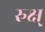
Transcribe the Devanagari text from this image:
रुक्ष्